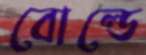
বোল্ডে